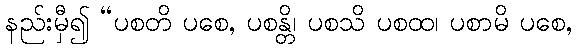
နည်းမှီ၍ “ပစတိ ပစေ, ပစန္တိ၊ ပစသိ ပစထ၊ ပစာမိ ပစေ,